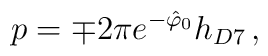
p = \mp 2\pi e^{-\hat{\varphi}_{0}}h_{D7}\, ,